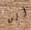
أين